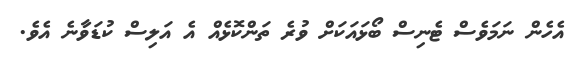
އެހެން ނަމަވެސް ޓެނިސް ބޯޅައަކަށް ވުރެ ތަންކޮޅެއް އެ އަލިސް ކުޑަވާނެ އެވެ.